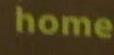
home